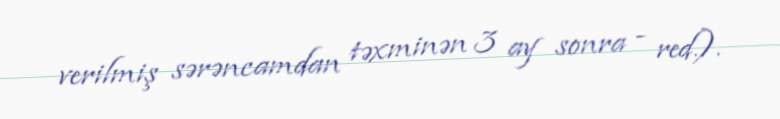
verilmiş sərəncamdan təxminən 3 ay sonra - red.).